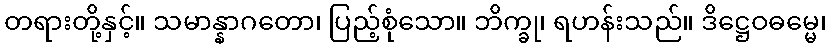
တရားတို့နှင့်။ သမာန္နာဂတော၊ ပြည့်စုံသော။ ဘိက္ခု၊ ရဟန်းသည်။ ဒိဋ္ဌေဝဓမ္မေ၊